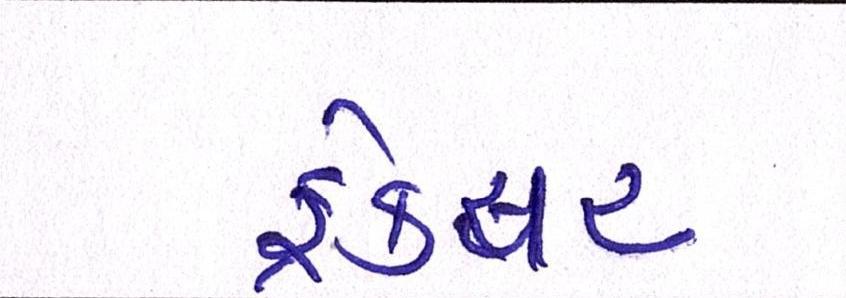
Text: ફ્રેક્ચર